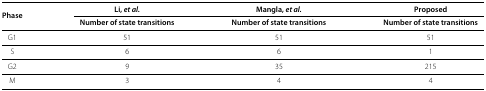
<table><thead><tr><td><b>Phase</b></td><td><b>Li, <i>et al.</i></b></td><td><b>Mangla, <i>et al.</i></b></td><td><b>Proposed</b></td></tr></thead><tbody><tr><td> </td><td><b>Number of state transitions</b></td><td><b>Number of state transitions</b></td><td><b>Number of state transitions</b></td></tr><tr><td>G1</td><td>51</td><td>51</td><td>51</td></tr><tr><td>S</td><td>6</td><td>6</td><td>1</td></tr><tr><td>G2</td><td>9</td><td>35</td><td>215</td></tr><tr><td>M</td><td>3</td><td>4</td><td>4</td></tr></tbody></table>